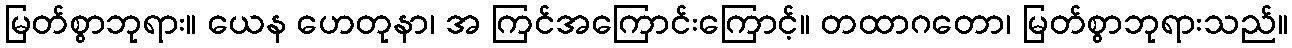
မြတ်စွာဘုရား။ ယေန ဟေတုနာ၊ အ ကြင်အကြောင်းကြောင့်။ တထာဂတော၊ မြတ်စွာဘုရားသည်။